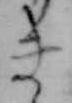
き